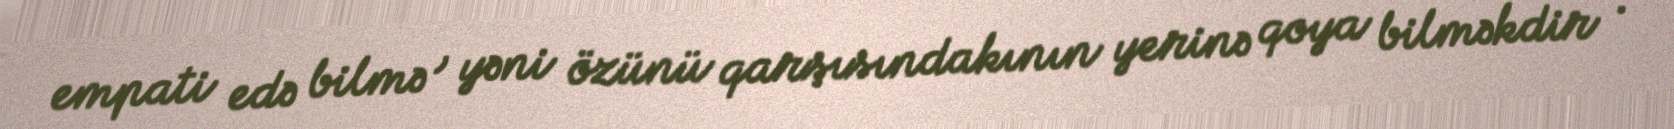
empati edə bilmə , yəni özünü qarşısındakının yerinə qoya bilməkdir .